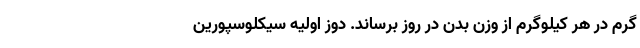
گرم در هر کیلوگرم از وزن بدن در روز برساند. دوز اولیه سیکلوسپورین